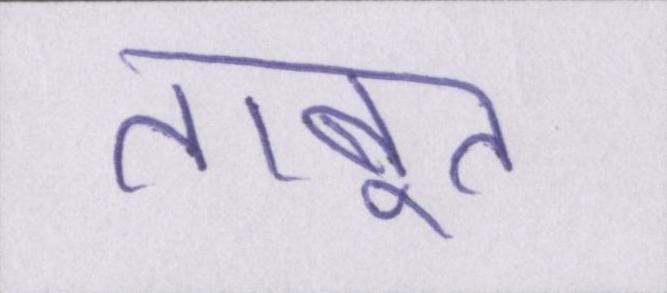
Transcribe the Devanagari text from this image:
ताबूत